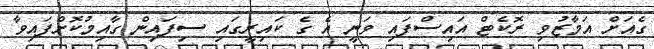
ގެއަށް އަމާޒުވި ރޮކެޓް އައިސްފައި ވަނީ އެ ގެ ކައިރީގައި ސިފައިން ގާއިމުކޮށްފައިވާ